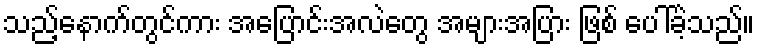
သည့်နောက်တွင်ကား အပြောင်းအလဲတွေ အများအပြား ဖြစ် ပေါ်ခဲ့သည်။